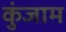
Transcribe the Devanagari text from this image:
कुंजाम